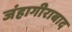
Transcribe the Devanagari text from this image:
जंहागीराबाद